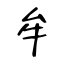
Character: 牟